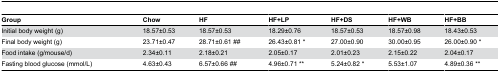
<table><thead><tr><td><b>Group</b></td><td><b>Chow</b></td><td><b>HF</b></td><td><b>HF+LP</b></td><td><b>HF+DS</b></td><td><b>HF+WB</b></td><td><b>HF+BB</b></td></tr></thead><tbody><tr><td>Initial body weight (g)</td><td>18.57±0.53</td><td>18.57±0.53</td><td>18.29±0.76</td><td>18.57±0.53</td><td>18.57±0.98</td><td>18.43±0.53</td></tr><tr><td>Final body weight (g)</td><td>23.71±0.47</td><td>28.71±0.61 ##</td><td>26.43±0.81 *</td><td>27.00±0.90</td><td>30.00±0.95</td><td>26.00±0.90 *</td></tr><tr><td>Food intake (g/mouse/d)</td><td>2.34±0.11</td><td>2.18±0.21</td><td>2.05±0.17</td><td>2.01±0.23</td><td>2.15±0.22</td><td>2.04±0.17</td></tr><tr><td>Fasting blood glucose (mmol/L)</td><td>4.63±0.43</td><td>6.57±0.66 ##</td><td>4.96±0.71 **</td><td>5.24±0.82 *</td><td>5.53±1.07</td><td>4.89±0.36 **</td></tr></tbody></table>